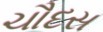
ચૌદસ